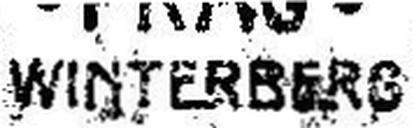
WINTERBERG